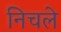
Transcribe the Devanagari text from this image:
निचले